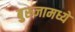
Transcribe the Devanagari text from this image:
बुरुजामध्ये